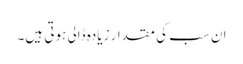
ان سب کی مقدار زیادہ ڈالی ہوتی ہیں۔